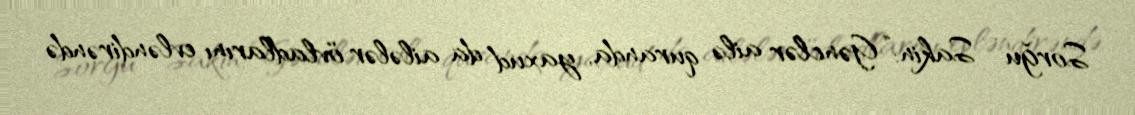
Sorğu – Sakin: “Gənclər ailə quranda, yaxud da ailələr övladlarını evləndirəndə